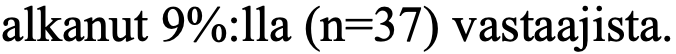
alkanut 9%:lla (n=37) vastaajista.